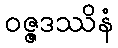
ဝဇ္ဇဒဿိနံ